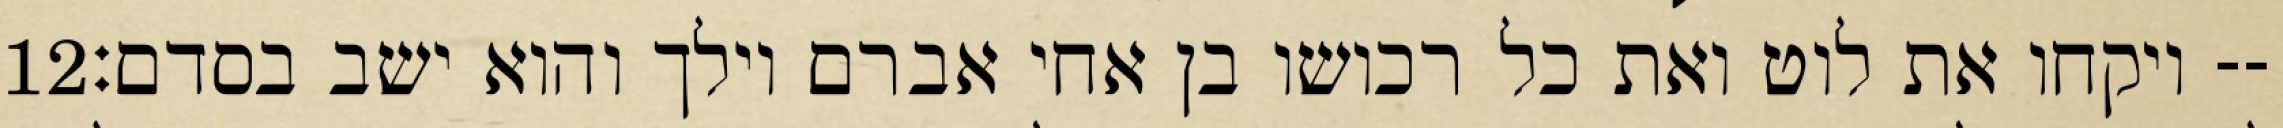
‎12‏ ויקחו את לוט ואת כל רכושו בן אחי אברם וילך והוא ישב בסדם׃--